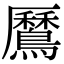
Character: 𪅼